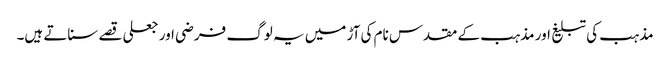
مذہب کی تبلیغ اور مذہب کے مقدس نام کی آڑ میں یہ لوگ فرضی اور جعلی قصے سناتے ہیں۔